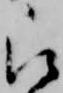
被